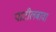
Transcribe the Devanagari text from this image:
पाटीलबावा